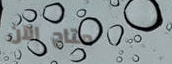
متاح الآن